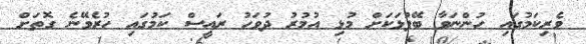
ވެރިކަމުގައި ހުންނަވާ ބޭފުޅަކަށް މުޅި އުމުރު ދުވަހު ރައީސް ކަމުގައި ހުރެވޭނެ ގޮތަށް